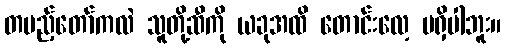
တပည့်တော်ကလဲ သူတို့ဆီကို ယခုအထိ တောင်းလေ့ မရှိပါဘူး။